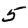
Digit: 5